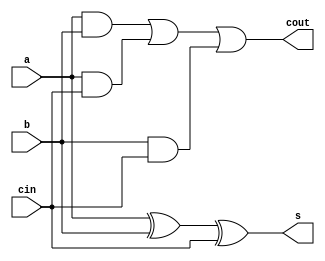
module fulladder (
	 input a,
	 input b,
	 input cin,
	 output s,
	 output cout );
	 
         // wires (from ands to or)
	 wire w1, w2, w3;
	 
         // carry-out circuitry
	 and( w1, a, b );
	 and( w2, a, cin );
	 and( w3, b, cin );
	 or( cout, w1, w2, w3 );
	 
         // sum
	 xor( s, a, b, cin );

endmodule